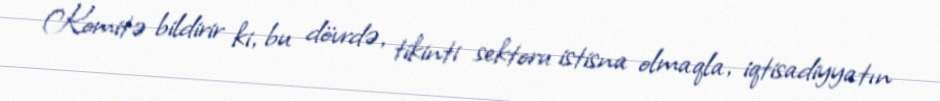
Komitə bildirir ki, bu dövrdə, tikinti sektoru istisna olmaqla, iqtisadiyyatın